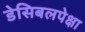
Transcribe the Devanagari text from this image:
डेसिबलपेक्षा